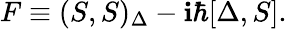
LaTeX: F\equiv(S,S)_{\Delta}-\mathbf{i}\hbar[\Delta,S].